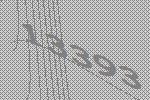
13393